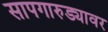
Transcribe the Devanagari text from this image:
सापगारुड्यावर